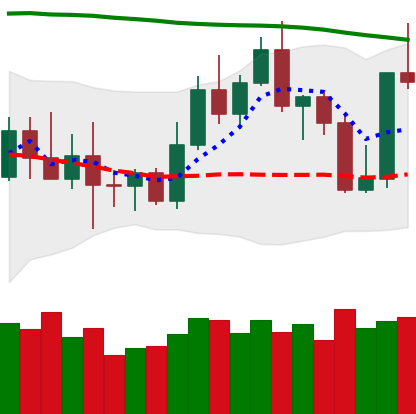
Ticker: TRX-USD
Chart end date: 2022-11-05
Forward return: -9.226%
Label: down_7plus